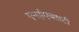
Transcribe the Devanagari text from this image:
एनईएक्सटी